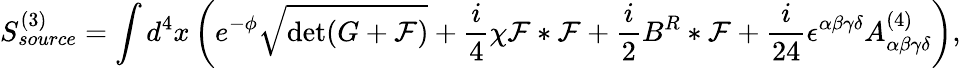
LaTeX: S_{source}^{(3)}=\int d^{4}x\left(e^{-\phi}\sqrt{\operatorname*{det}(G+{\cal F})}+{\frac{i}{4}}\chi{\cal F}*{\cal F}+{\frac{i}{2}}B^{R}*{\cal F}+{\frac{i}{24}}\epsilon^{\alpha\beta\gamma\delta}A_{\alpha\beta\gamma\delta}^{(4)}\right),